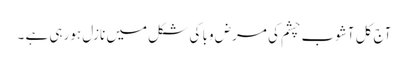
آج کل آشوب چشم کی مرض وبا کی شکل میں نازل ہورہی ہے ۔